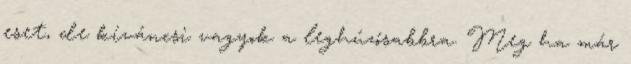
eset, de kíváncsi vagyok a leghúzósabbra. Meg ha már